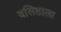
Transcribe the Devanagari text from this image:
वसिष्ठाला